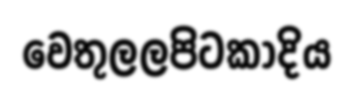
වෙතුලලපිටකාදිය